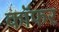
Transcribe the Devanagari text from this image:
कॉफर